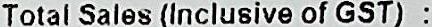
TOTAL SALES(INCLUSIVE OF GST) :